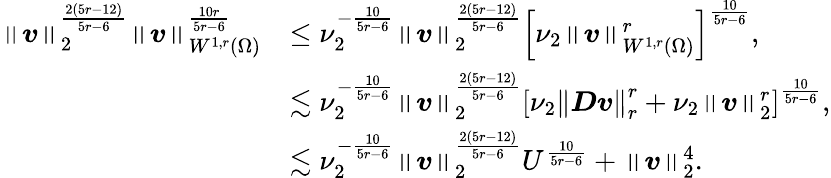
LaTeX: \begin{array}{rl}{\left\lVert\boldsymbol{v}\right\rVert_{2}^{\frac{2(5r-12)}{5r-6}}\left\lVert\boldsymbol{v}\right\rVert_{W^{1,r}(\Omega)}^{\frac{10r}{5r-6}}}&{\leq\nu_{2}^{-\frac{10}{5r-6}}\left\lVert\boldsymbol{v}\right\rVert_{2}^{\frac{2(5r-12)}{5r-6}}\left[\nu_{2}\left\lVert\boldsymbol{v}\right\rVert_{W^{1,r}(\Omega)}^{r}\right]^{\frac{10}{5r-6}},}\\ &{\lesssim\nu_{2}^{-\frac{10}{5r-6}}\left\lVert\boldsymbol{v}\right\rVert_{2}^{\frac{2(5r-12)}{5r-6}}\left[\nu_{2}\left\lVert\boldsymbol{Dv}\right\rVert_{r}^{r}+\nu_{2}\left\lVert\boldsymbol{v}\right\rVert_{2}^{r}\right]^{\frac{10}{5r-6}},}\\ &{\lesssim\nu_{2}^{-\frac{10}{5r-6}}\left\lVert\boldsymbol{v}\right\rVert_{2}^{\frac{2(5r-12)}{5r-6}}U^{\frac{10}{5r-6}}+\left\lVert\boldsymbol{v}\right\rVert_{2}^{4}.}\end{array}